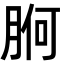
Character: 𭨸